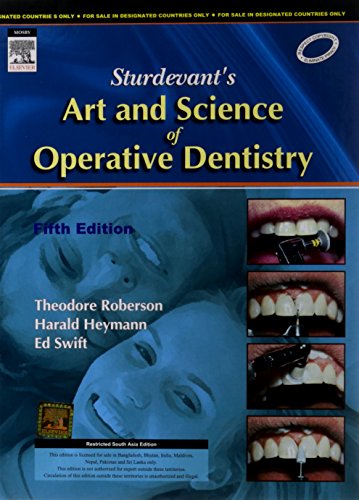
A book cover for Sturdevant's Art and Science of Operative Dentistry Fifth Edition; Medical Books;